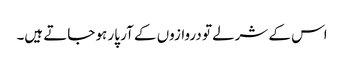
اس کے شرلے تو دروازوں کے آر پار ہو جاتے ہیں۔